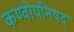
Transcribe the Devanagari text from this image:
कण्वोपनिषद्‌